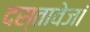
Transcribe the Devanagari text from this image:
दस्तावेजां